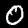
Digit: 0